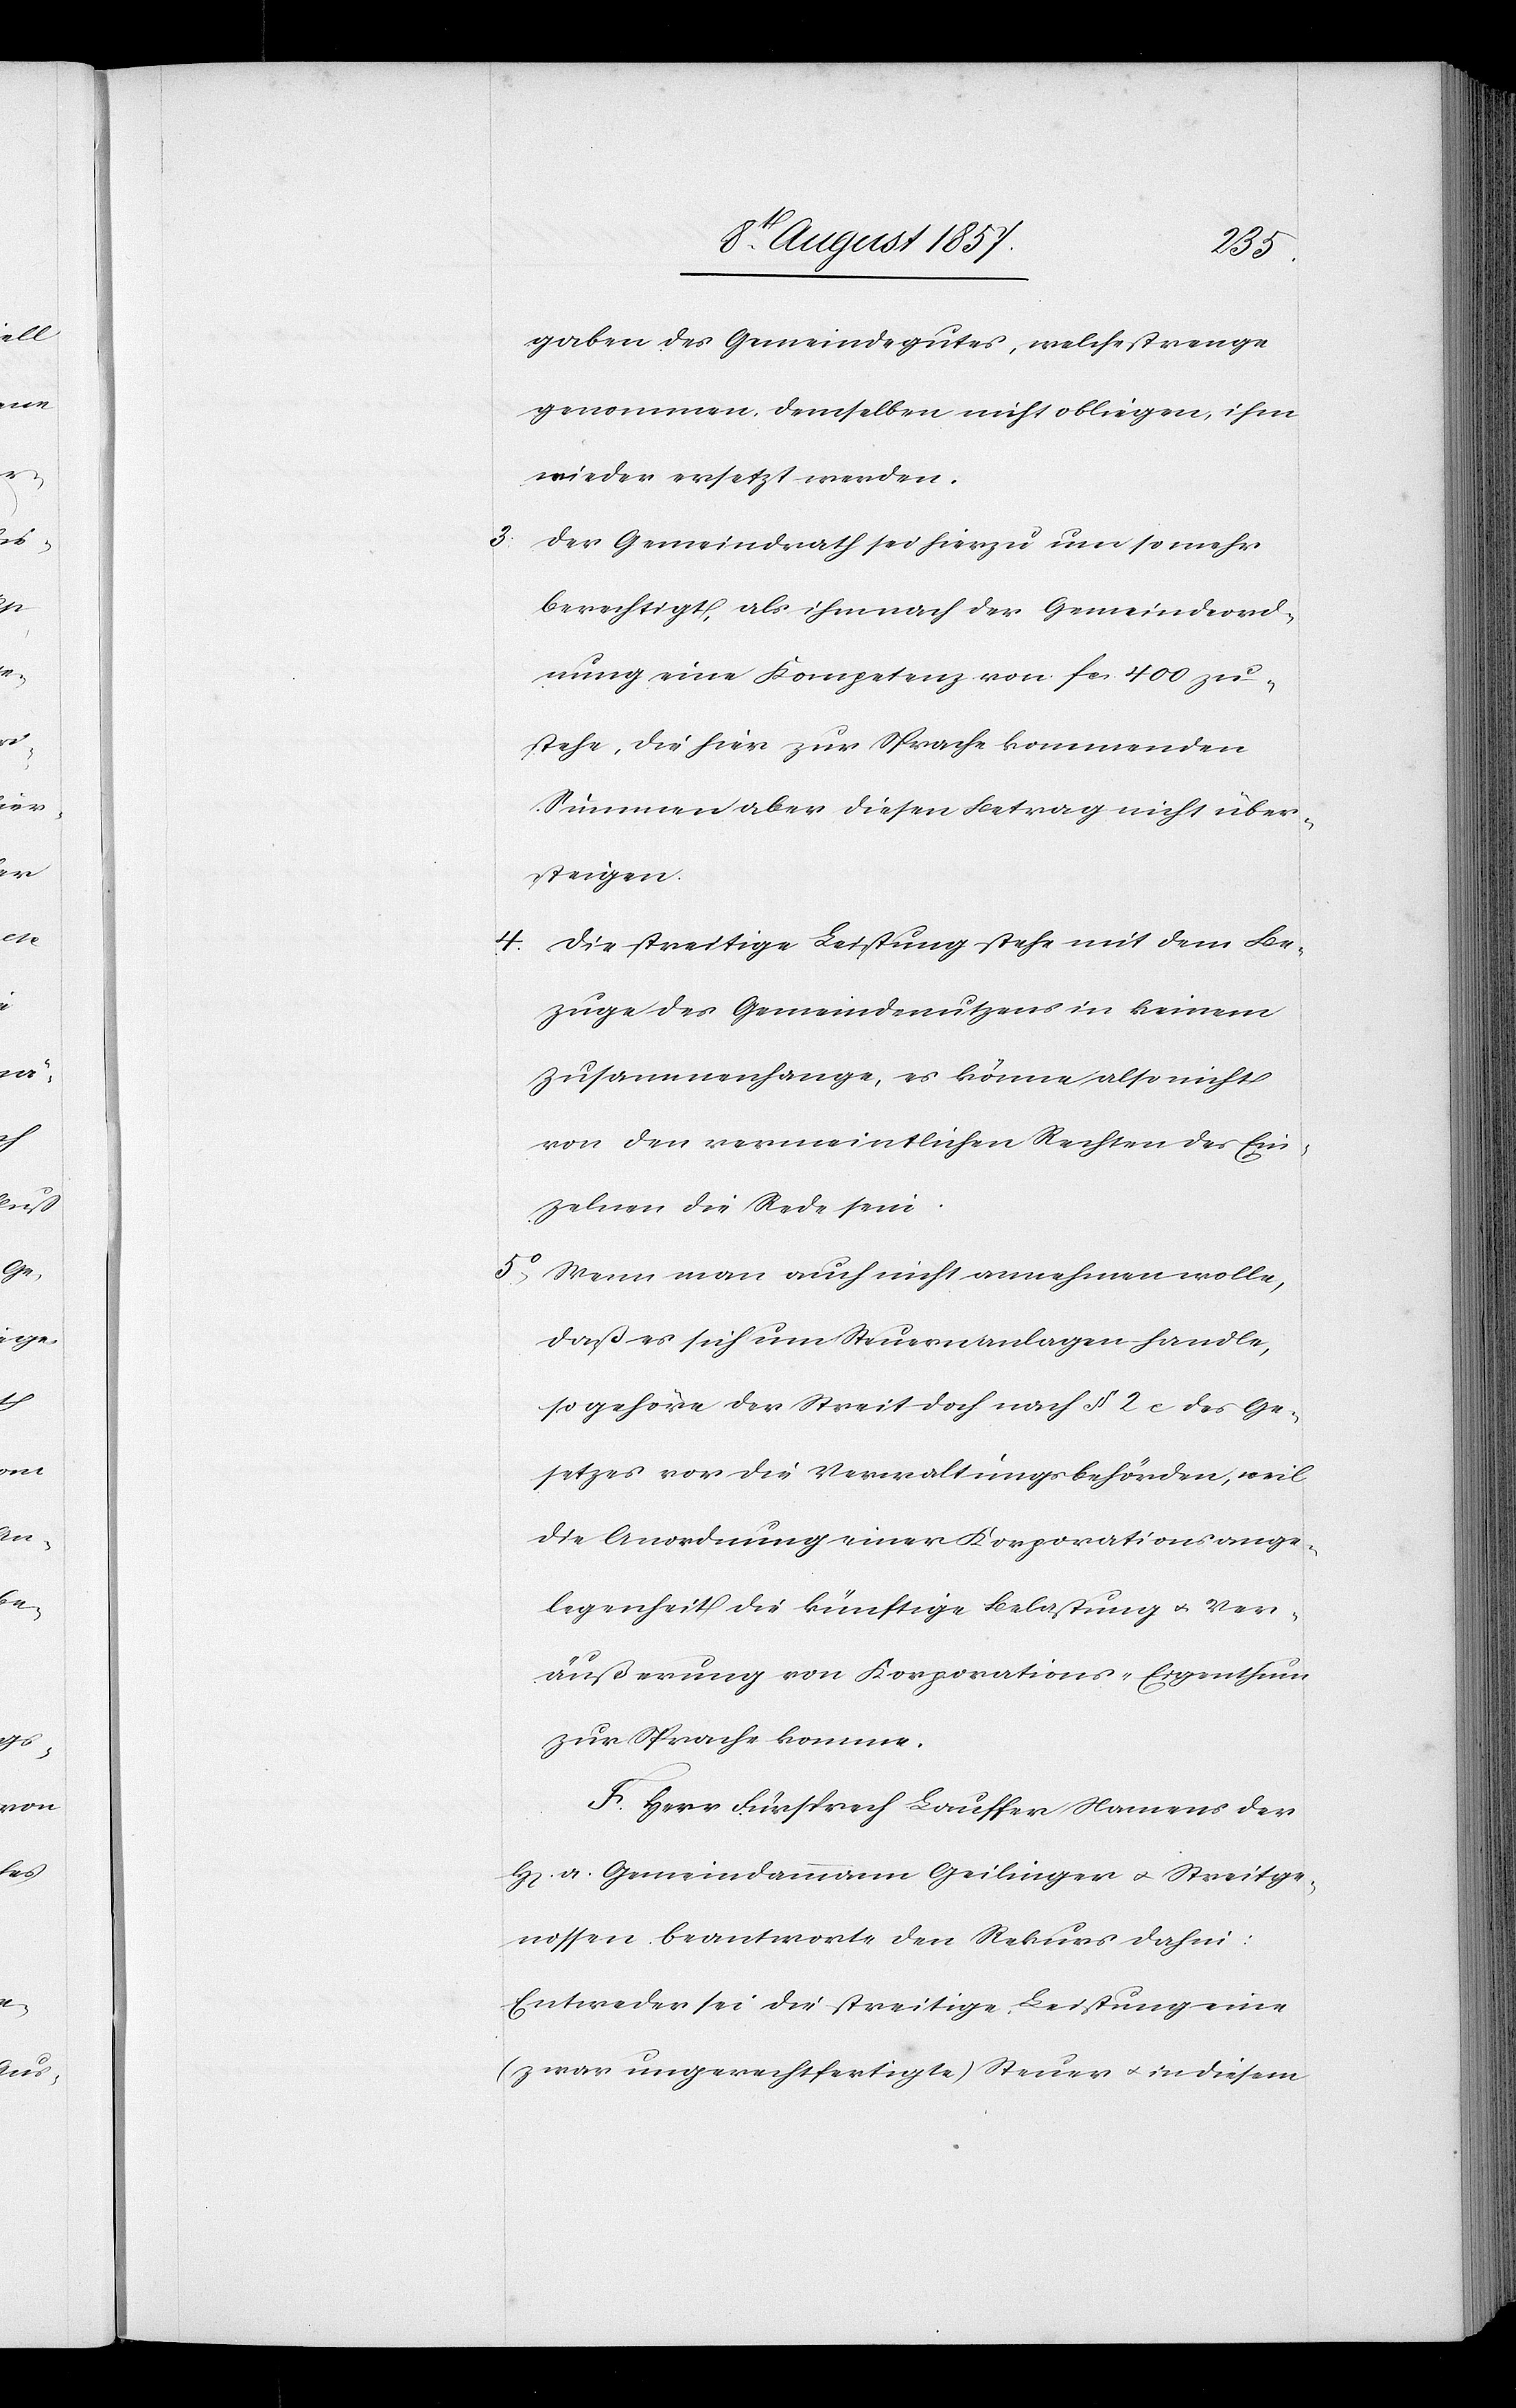
3.

gaben des Gemeindgutes, welche strenge
genommen, demselben nicht obliegen, ihm
wieder ersetzt werden.
Der Gemeindrath sei hierzu um so mehr
berechtigt, als ihm nach der Gemeindeord¬
nung eine Kompetenz von fcs 400 zu¬
stehe, die hier zur Sprache kommenden
Summen aber diesen Betrag nicht über¬
steigen.
Die streitige Leistung stehe mit dem Be¬
zug des Gemeindenutzens in keinem
Zusammenhange, es könne also nicht
von den vermeintlichen Rechten des Ein¬
zelnen die Rede sein.
5. Wenn man auch nicht annehmen wolle,
daß es sich um Steueranlagen handle,
so gehöre der Streit doch nach § 2 des Ge¬
setzes vor die Verwaltungsbehörden, weil
die Anordnung einer Korporationsange¬
legenheit für die künftige Belastung & Ver¬
äußerung von Korporations-Eigenthum
zur Sprache komme.
F. Herr Fürsprech Lauffer Namens der
a. Gemeindammann Geilinger & Streitge¬
nossen beantworte den Rekurs dahin:
Entweder sei die streitige Leistung eine
(zwar ungerechtfertigte) Steuer & in diesem